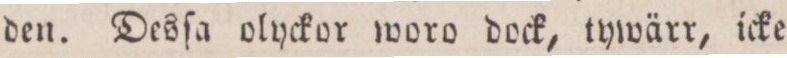
den. Desſa olyckor woro dock, tywärr, icke